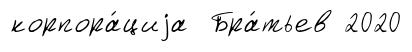
корпора́циjа Бра́тьев 2020